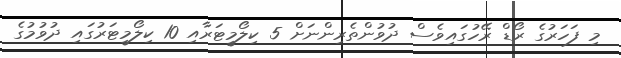
މި ފަހަރުގެ ރޯޑް ރޭހުގައިވެސް ދުވުންތެރިންނަށް 5 ކިލޯމީޓަރާއި 10 ކިލޯމީޓަރުގައި ދުވުމުގެ